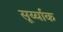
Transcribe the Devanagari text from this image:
सूर्य्याक